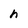
Character: h